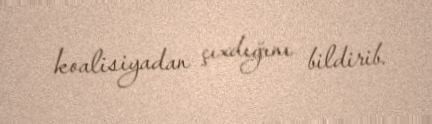
koalisiyadan çıxdığını bildirib.